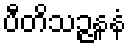
ပီတိသဉ္ဇနနံ